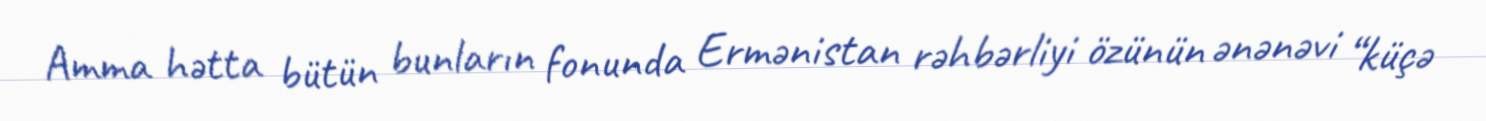
Amma hətta bütün bunların fonunda Ermənistan rəhbərliyi özünün ənənəvi “küçə